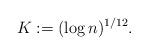
LaTeX: \begin{align*}K:=(\log n)^{1/12}.\end{align*}